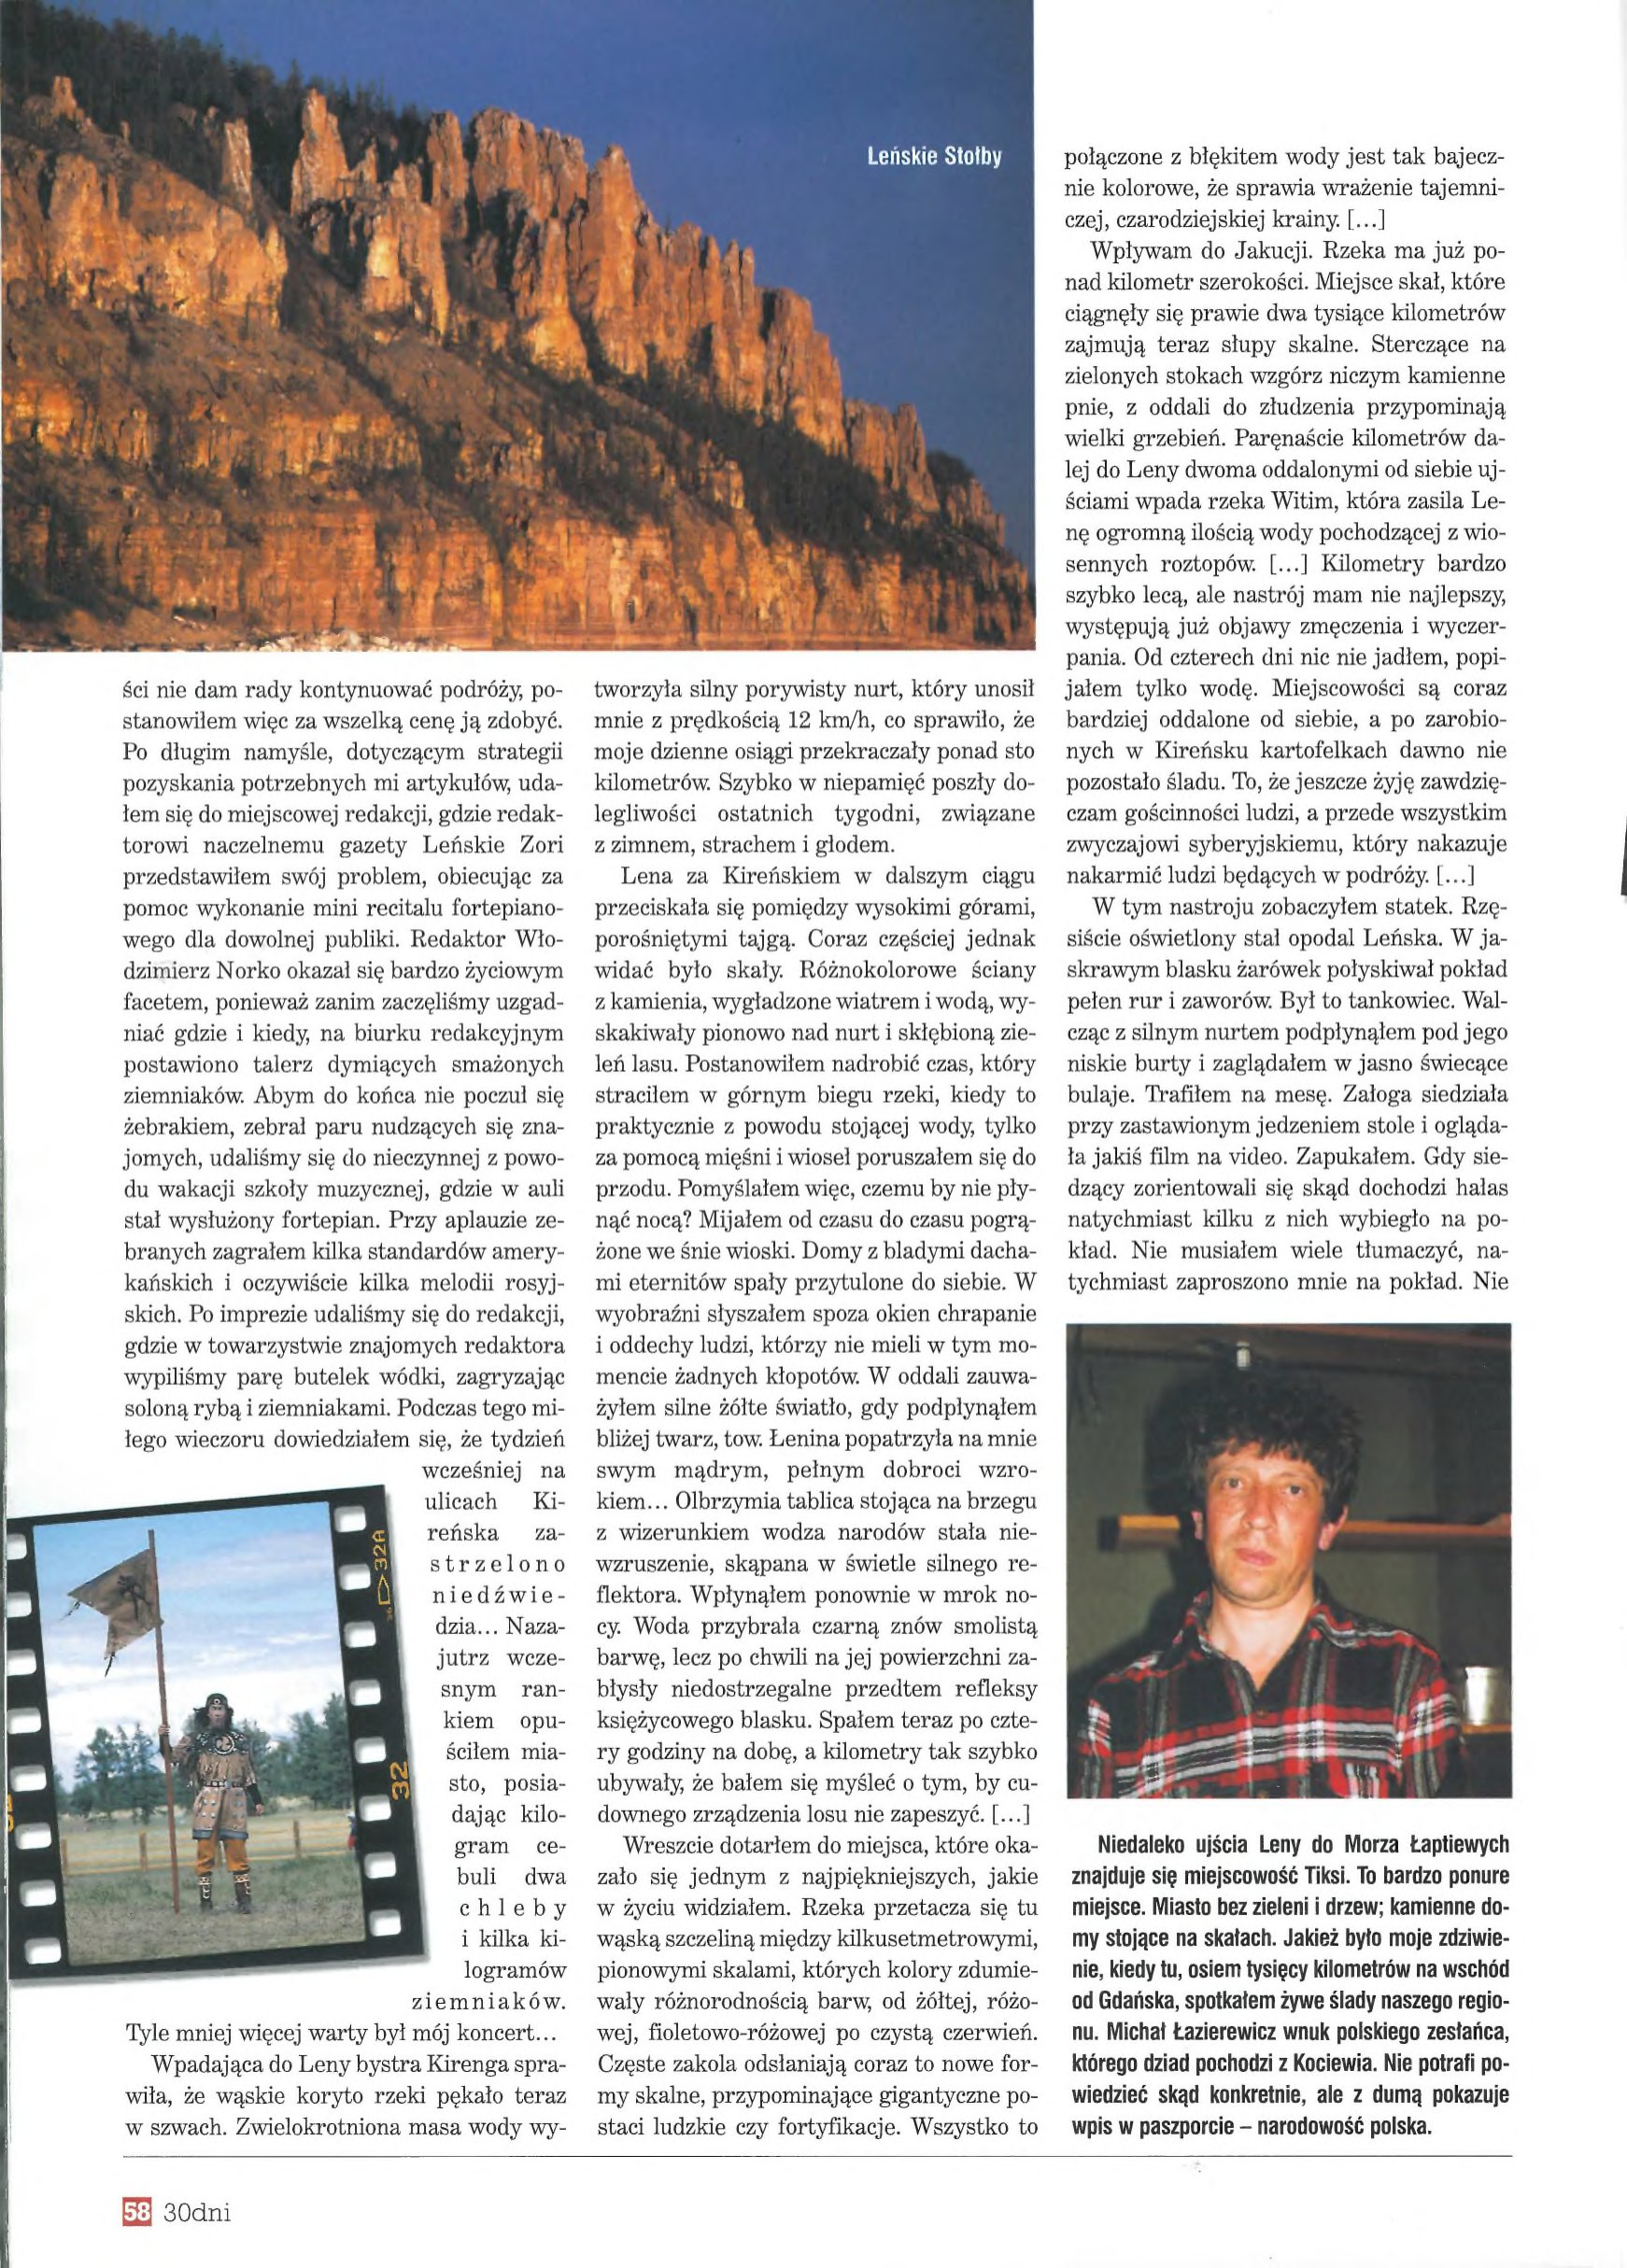
Language: pl